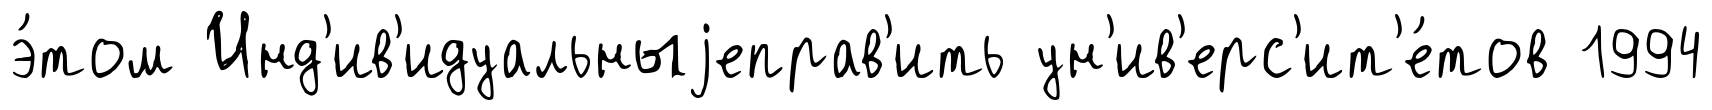
э́том Инд'ив'идуальныjеправ'ить ун'ив'ерс'ит'е́тов 1994